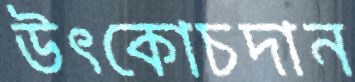
উৎকোচদান